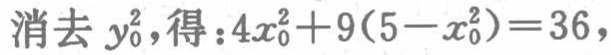
消去 \(y_{0}^{2}\)，得：\(4x_{0}^{2}+9(5 - x_{0}^{2}) = 36\)，